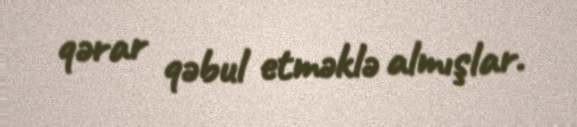
qərar qəbul etməklə almışlar.